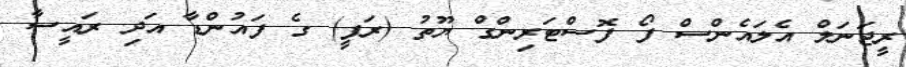
ރީޖަނަލް އެލައެންސް ފޯ ފޮސްޓަރިންގް ޔޫތު (ރަފީ) ގެ ފައުންޑާ އަދި ރައީސާ